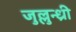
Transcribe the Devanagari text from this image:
जुल्लुन्ध्री